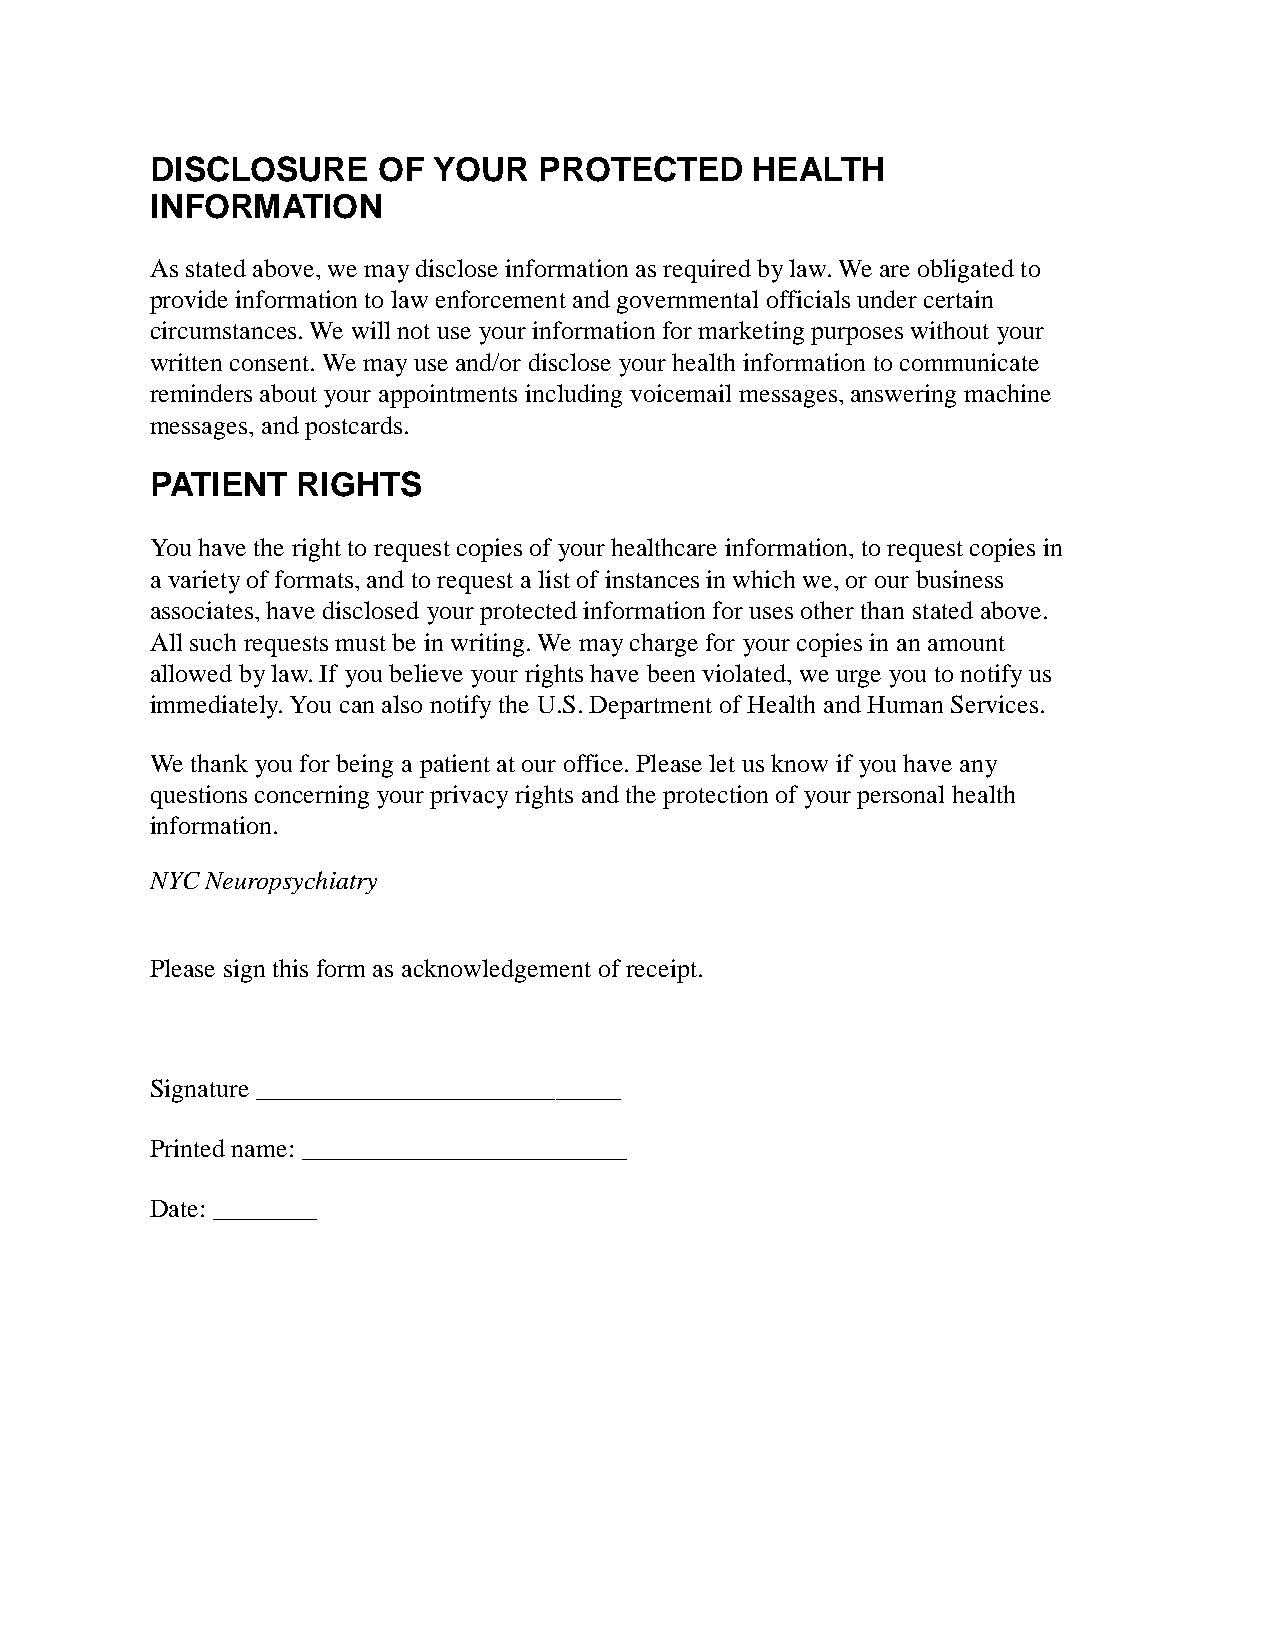
DISCLOSURE     OF  YOUR   PROTECTED     HEALTH
 INFORMATION
 As stated above, we may disclose information as required by law. We are obligated to
 provide information to law enforcement and governmental officials under certain
 circumstances. We will not use your information for marketing purposes without your
 written consent. We may use and/or disclose your health information to communicate
 reminders about your appointments including voicemail messages, answering machine
 messages, and postcards.
 PATIENT   RIGHTS
 You have the right to request copies of your healthcare information, to request copies in
 a variety of formats, and to request a list of instances in which we, or our business
 associates, have disclosed your protected information for uses other than stated above.
 All such requests must be in writing. We may charge for your copies in an amount
 allowed by law. If you believe your rights have been violated, we urge you to notify us
 immediately. You can also notify the U.S. Department of Health and Human Services.
 We thank you for being a patient at our office. Please let us know if you have any
 questions concerning your privacy rights and the protection of your personal health
 information.
 NYC Neuropsychiatry
 Please sign this form as acknowledgement of receipt.
 Signature ____________________________
 Printed name: _________________________
 Date: ________